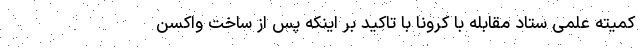
کمیته علمی ستاد مقابله با کرونا با تاکید بر اینکه پس از ساخت واکسن